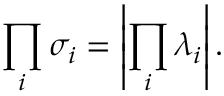
{ \prod _ { i } \sigma _ { i } } = \left| { \prod _ { i } \lambda _ { i } } \right| .